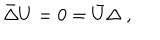
LaTeX: \bar { \Delta } U = 0 = \bar { U } \Delta \ ,